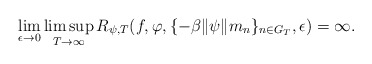
\begin{align*}\lim \limits_{\epsilon\rightarrow 0}\limsup \limits_{T \rightarrow\infty}R_{\psi ,T}(f,\varphi,\{-\beta \|\psi\| m_n\}_{n\in G_T},\epsilon)=\infty.\end{align*}